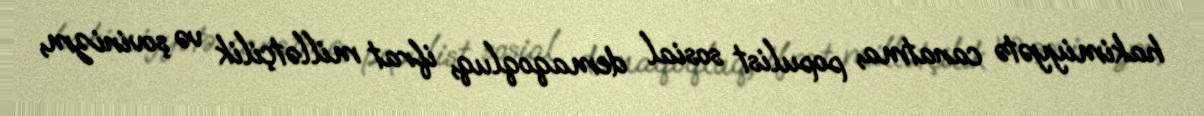
hakimiyyətə canatma, populist sosial demaqoqluq, ifrat millətçilik və şovinizm,